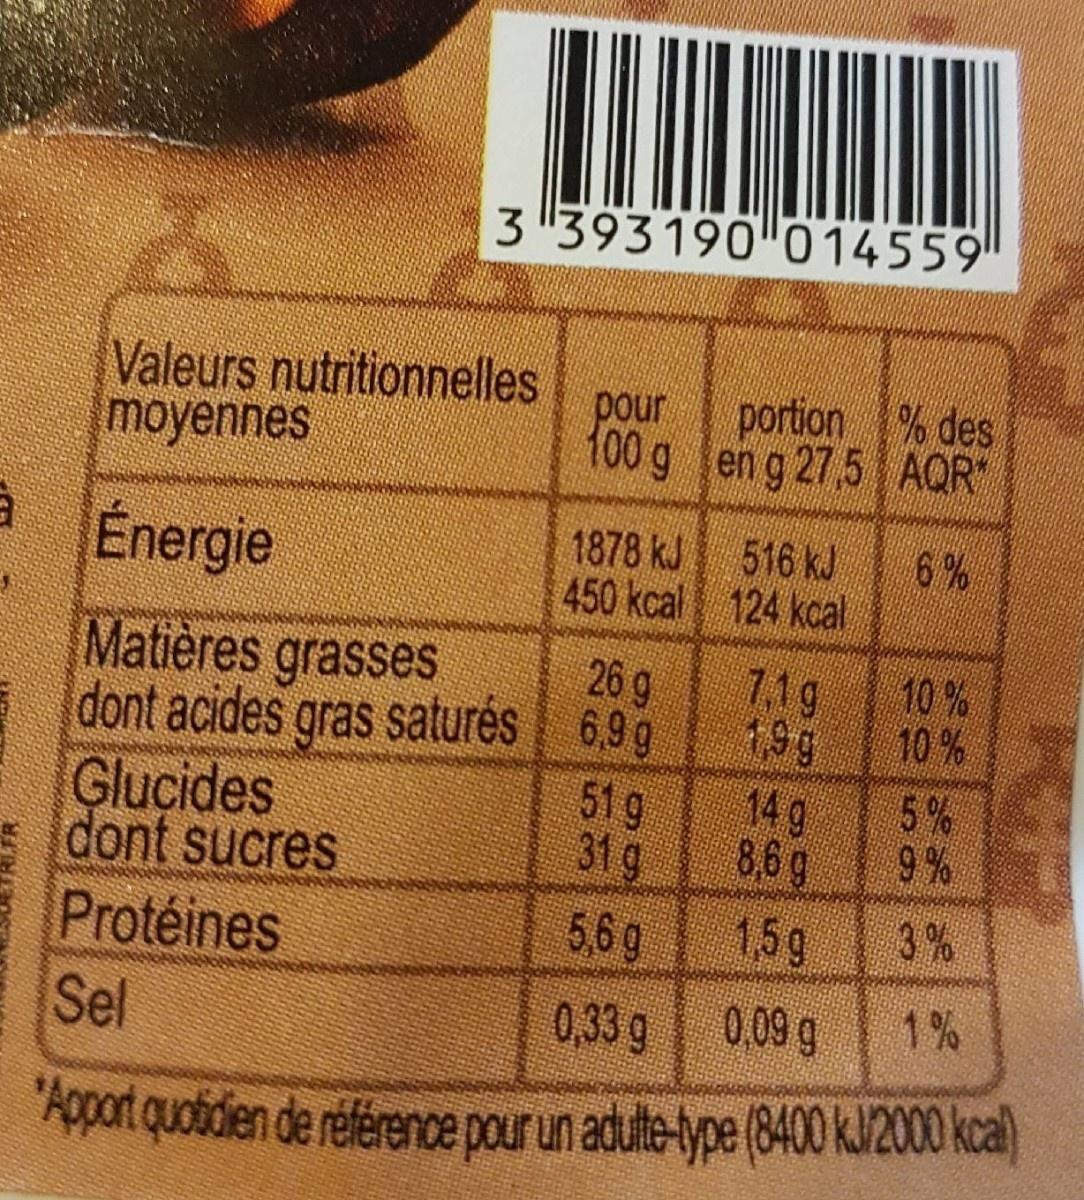
3"393190 014559 Valeurs nutritionnelles moyennes pour portion % des 100 g en g 27,5 AQR" 516 kJ 6% 1878 kJ 450 kcal Energie 124 kcal Matières grasses dont acides gras saturés 69g Glucides dont sucres Protéines Sel 20 9 71g 19g 14 g 86g 10% 10 % 5% 9% 519 31 g 3% 159 5,6g 1% 009 g 0,33 g 'Apport quoidien de référence pour un adulte-type (8400 kl/200 kcal)